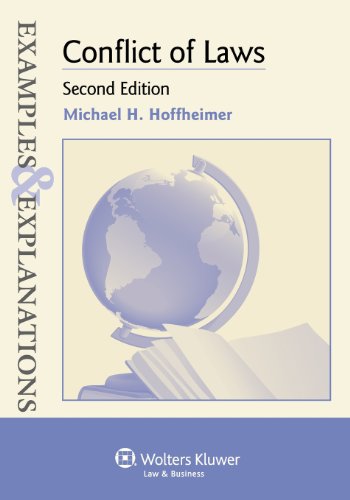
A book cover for Examples & Explanations: Conflict of Laws, Second Edition; Michael H. Hoffheimer; Law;